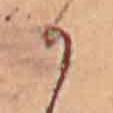
か